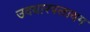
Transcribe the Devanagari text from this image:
उदयारपलायम